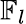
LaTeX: \mathbb{F}_{l}